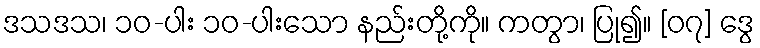
ဒသဒသ၊ ၁၀-ပါး ၁၀-ပါးသော နည်းတို့ကို။ ကတွာ၊ ပြု၍။ [၀၇] ဒွေ